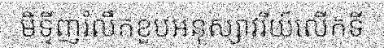
មិទ្ទីញរំលឹកខួបអនុស្សាវរីយ៍លើកទី